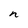
Character: n